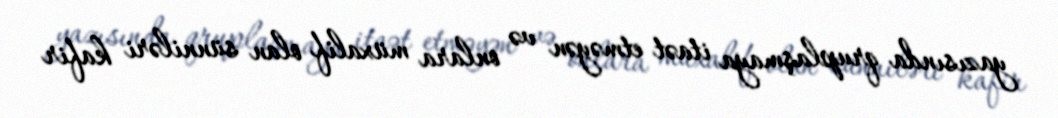
yazısında qruplaşmaya itaət etməyən və onlara müxalif olan sünniləri kafir